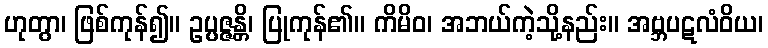
ဟုတွာ၊ ဖြစ်ကုန်၍။ ဥပ္ပဇ္ဇန္တိ၊ ပြုကုန်၏။ ကိမိဝ၊ အဘယ်ကဲ့သို့နည်း။ အဗ္ဘပဋလံဝိယ၊